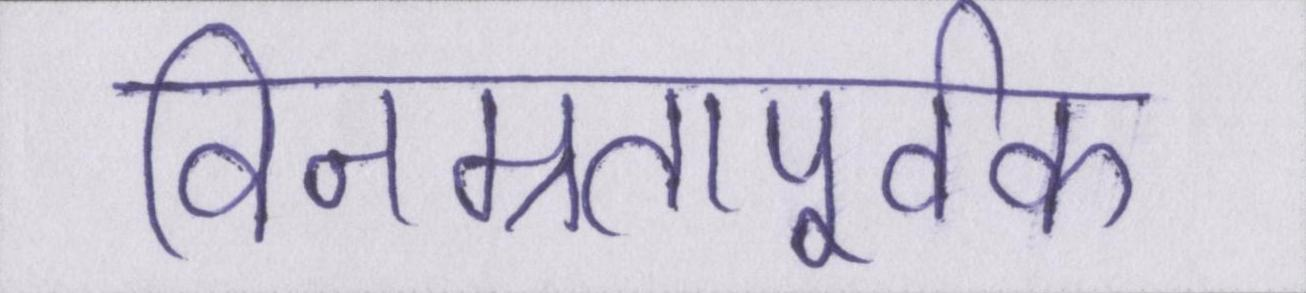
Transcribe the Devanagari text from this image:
विनम्रतापूर्वक